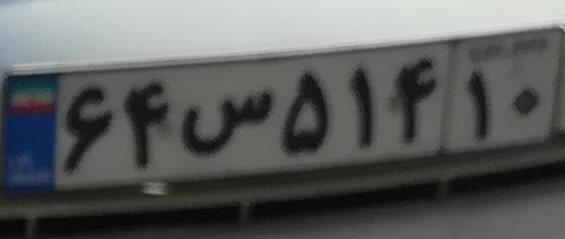
۶۴س۵۱۴۱۰